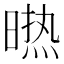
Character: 𭧈